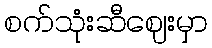
စက်သုံးဆီဈေးမှာ